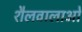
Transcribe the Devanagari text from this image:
शैलवालाओं